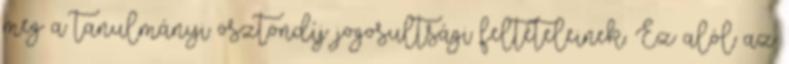
meg a tanulmányi ösztöndíj jogosultsági feltételeinek. Ez alól az